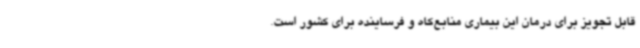
قابل تجویز برای درمان این بیماری منابع‌کاه و فرساینده برای کشور است.